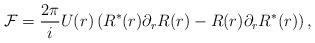
LaTeX: \begin{align*} {\cal F} = \frac{2\pi}{i}U(r)\left(R^{\ast}(r)\partial_{r}R(r) - R(r)\partial_{r}R^{\ast}(r)\right),\end{align*}